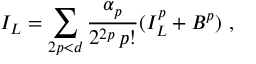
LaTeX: I _ { L } = \sum _ { 2 p < d } \frac { \alpha _ { p } } { 2 ^ { 2 p } \, p ! } ( I _ { L } ^ { p } + B ^ { p } ) \ ,